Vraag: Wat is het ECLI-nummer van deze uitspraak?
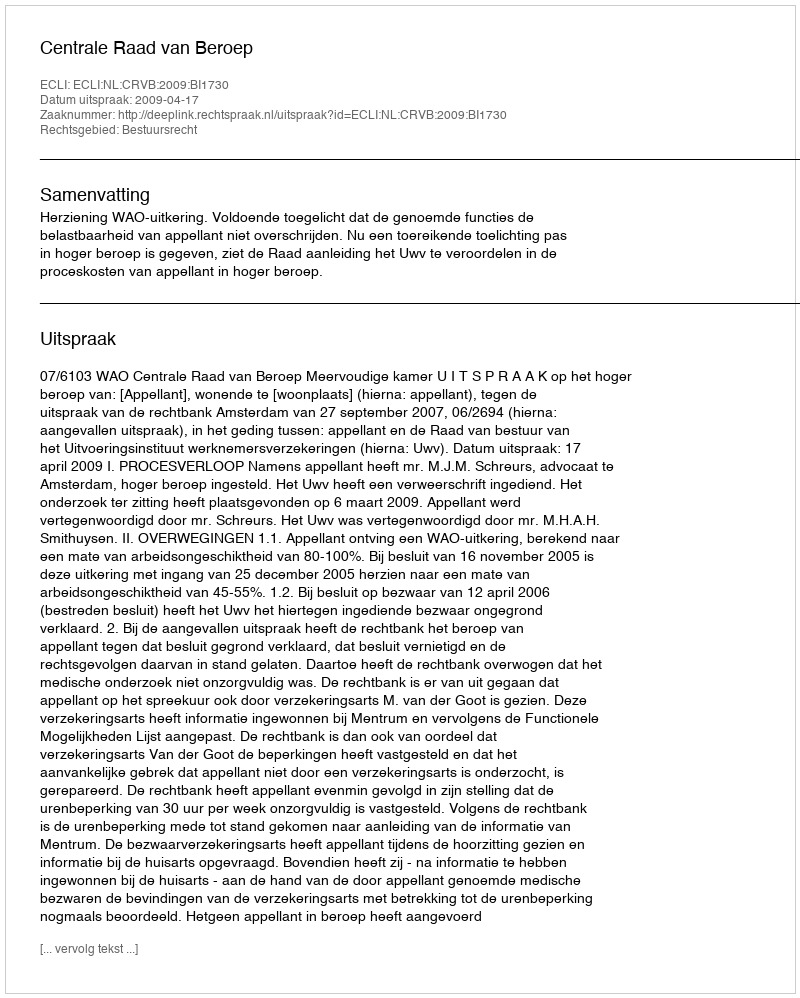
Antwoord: ECLI:NL:CRVB:2009:BI1730